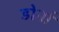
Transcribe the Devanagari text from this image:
डोर्ना